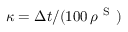
\kappa = \Delta t / ( 1 0 0 \, \rho ^ { \mathrm { ~ S ~ } } )